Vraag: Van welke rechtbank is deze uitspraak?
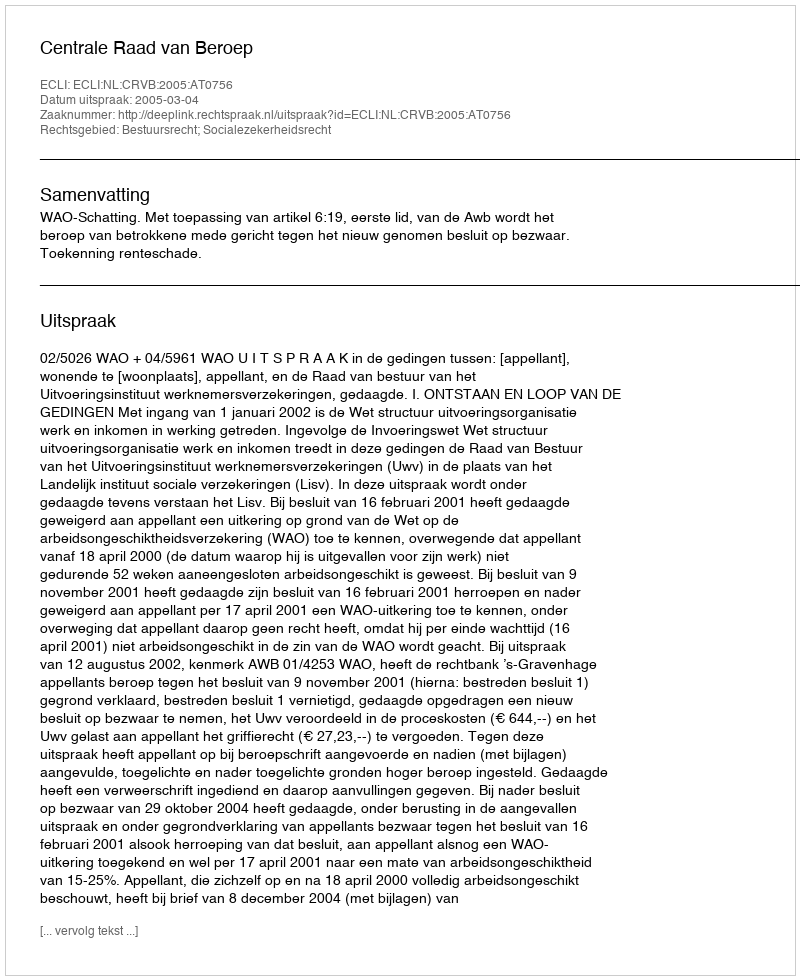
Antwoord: Centrale Raad van Beroep